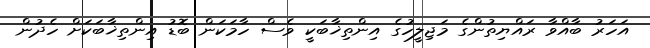
އަހަރު ބާއްވާ ރައްޔިތުންގެ މަޖިލީހުގެ އިންތިޚާބަކީ ވެސް ހާމަކަން ބޮޑު އިންތިޚާބަކަށް ހެދުން